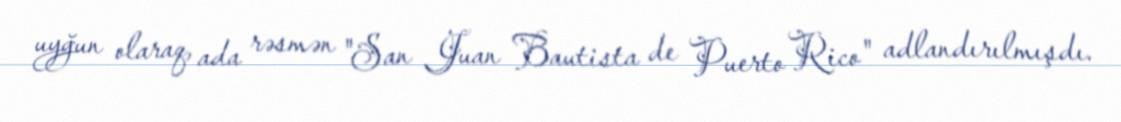
uyğun olaraq, ada rəsmən "San Juan Bautista de Puerto Rico" adlandırılmışdı.